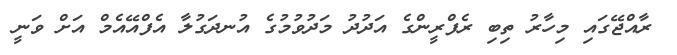
ރާއްޖޭގައި މިހާރު ތިބި ރެފްރީންގެ އަދުދު މަދުވުމުގެ އުނދަގުލާ އެފްއޭއެމް އަށް ވަނީ